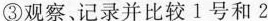
③观察、记录并比较1号和2